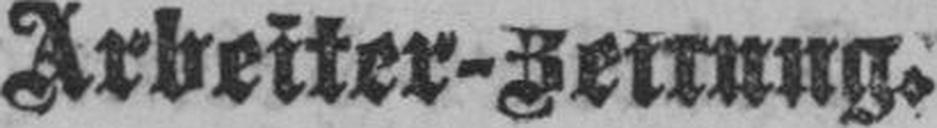
Arbeiter-Zeitung.